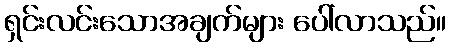
ရှင်းလင်းသောအချက်များ ပေါ်လာသည်။